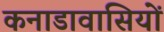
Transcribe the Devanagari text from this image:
कनाडावासियों